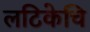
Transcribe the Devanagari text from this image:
लटिकेचि